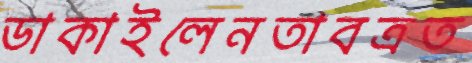
ডাকাইলেনতাবত্রত